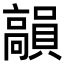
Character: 𩫣